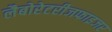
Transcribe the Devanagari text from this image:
लैबोरेटरीजफाइजर